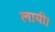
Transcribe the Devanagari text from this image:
लायी।